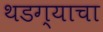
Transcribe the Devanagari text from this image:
थडग्याचा